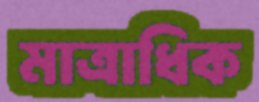
মাত্রাধিক